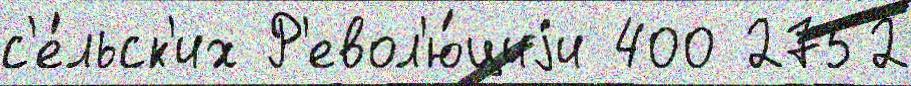
с'е́льск'их Р'евол'ю́циjи 400 2752